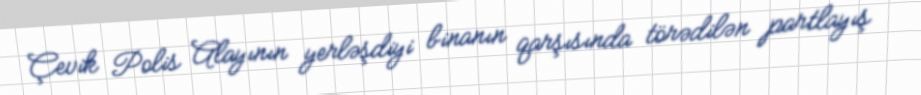
Çevik Polis Alayının yerləşdiyi binanın qarşısında törədilən partlayış